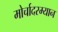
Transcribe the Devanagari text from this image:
मोर्चादरम्यान